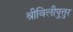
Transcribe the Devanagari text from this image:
श्रीविलीपुत्तुर